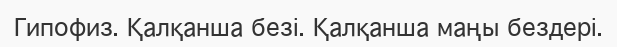
Гипофиз. Қалқанша безі. Қалқанша маңы бездері.